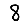
Digit: 8